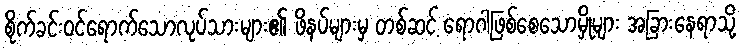
စိုက်ခင်းဝင်ရောက်သောလုပ်သားများ၏ ဖိနပ်များမှ တစ်ဆင့် ရောဂါဖြစ်စေသောမှိုများ အခြားနေရာသို့